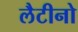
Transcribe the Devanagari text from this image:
लैटीनो